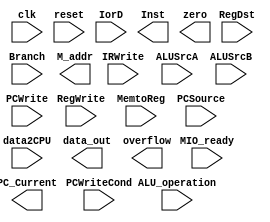
module     MDPath(input clk,
					   input reset,
					  
					   input MIO_ready,		//=1
					   input IorD,
					   input IRWrite,
					   input[1:0] RegDst,
					   input RegWrite,
					   input[1:0]MemtoReg,
					   input ALUSrcA,
					  
					   input[1:0]ALUSrcB,
					   input[1:0]PCSource,
					   input PCWrite,
					   input PCWriteCond,	
					   input Branch,
					   input[2:0]ALU_operation,
					  
					   output[31:0]PC_Current,
					   input[31:0]data2CPU,
					   output[31:0]Inst,
					   output[31:0]data_out,
					   output[31:0]M_addr,
					  
					   output zero,
					   output overflow
					  );	
					  	 
endmodule